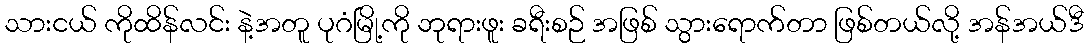
သားငယ် ကိုထိန်လင်း နဲ့အတူ ပုဂံမြို့ကို ဘုရားဖူး ခရီးစဉ် အဖြစ် သွားရောက်တာ ဖြစ်တယ်လို့ အန်အယ်ဒီ